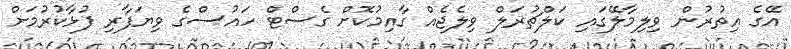
އޭގެ އިތުރުން ވިލިމާލޭގައި ކަލްޗުރަލް ވިލެޖެއް ގާއިމުކޮށް ގެސްޓް ހައުސްގެ ވިޔަފާރި ފުޅާކުރުމަށް